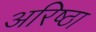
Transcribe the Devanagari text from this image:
अरिष्ठा